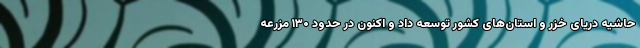
حاشیه دریای خزر و استان‌های کشور توسعه داد و اکنون در حدود ۱۳۰ مزرعه